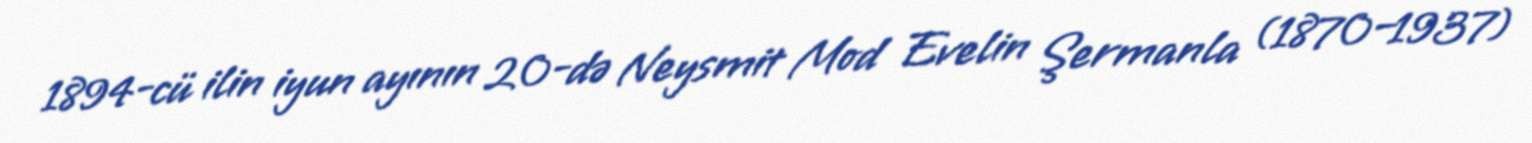
1894-cü ilin iyun ayının 20-də Neysmit Mod Evelin Şermanla (1870–1937)